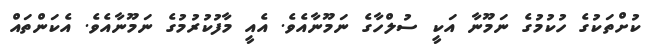
ކުށްތަކުގެ ހުކުމުގެ ނަމޫނާ އަކީ ސުލްހާގެ ނަމޫނާއެވެ. އެއީ މާފުކުރުމުގެ ނަމޫނާއެވެ. އެކަންތައް